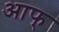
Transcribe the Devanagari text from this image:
आफ्‌